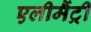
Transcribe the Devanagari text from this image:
एलीमैंट्री